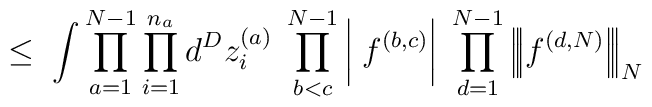
\leq \;\int \prod_{a=1}^{N-1} \prod_{i=1}^{n_a} d^Dz_i^{(a)} \;\prod_{b<c}^{N-1} \bigg| \; f^{(b,c)} \bigg| \;\prod_{d=1}^{N-1}\Big|\!\Big|\!\Big| f^{(d,N)} \Big|\!\Big|\!\Big|_N